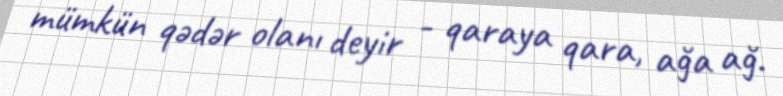
mümkün qədər olanı deyir - qaraya qara, ağa ağ.